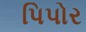
પિપોર